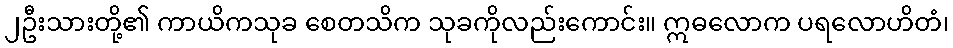
၂ဦးသားတို့၏ ကာယိကသုခ စေတသိက သုခကိုလည်းကောင်း။ ဣဓလောက ပရလောဟိတံ၊